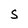
Character: S